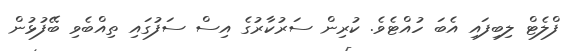
ފްލެޓް ލިބިފައި އެބަ ހުއްޓެވެ. ކުރިން ސަރުކާރުގެ އިސް ސަފުގައި ތިއްބެވި ބޭފުޅުން